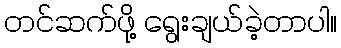
တင်ဆက်ဖို့ ရွေးချယ်ခဲ့တာပါ။